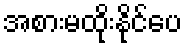
အစားမထိုးနိုင်ပေ